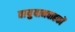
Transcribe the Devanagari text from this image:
वायुयानवाहकों